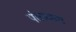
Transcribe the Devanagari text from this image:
पंचकाव्य